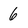
Character: 6